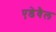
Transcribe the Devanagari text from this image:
एडेवैल